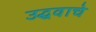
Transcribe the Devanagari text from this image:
उद्धवाचे